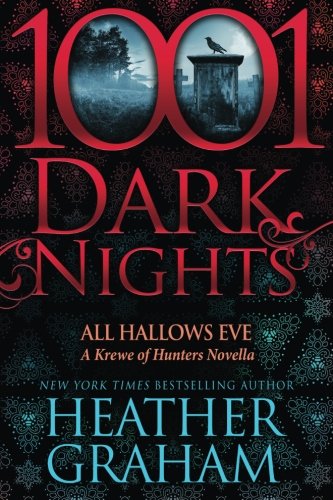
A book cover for All Hallows Eve: A Krewe of Hunters Novella (1001 Dark Nights); Heather Graham; Romance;